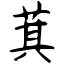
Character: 萁